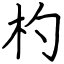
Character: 杓